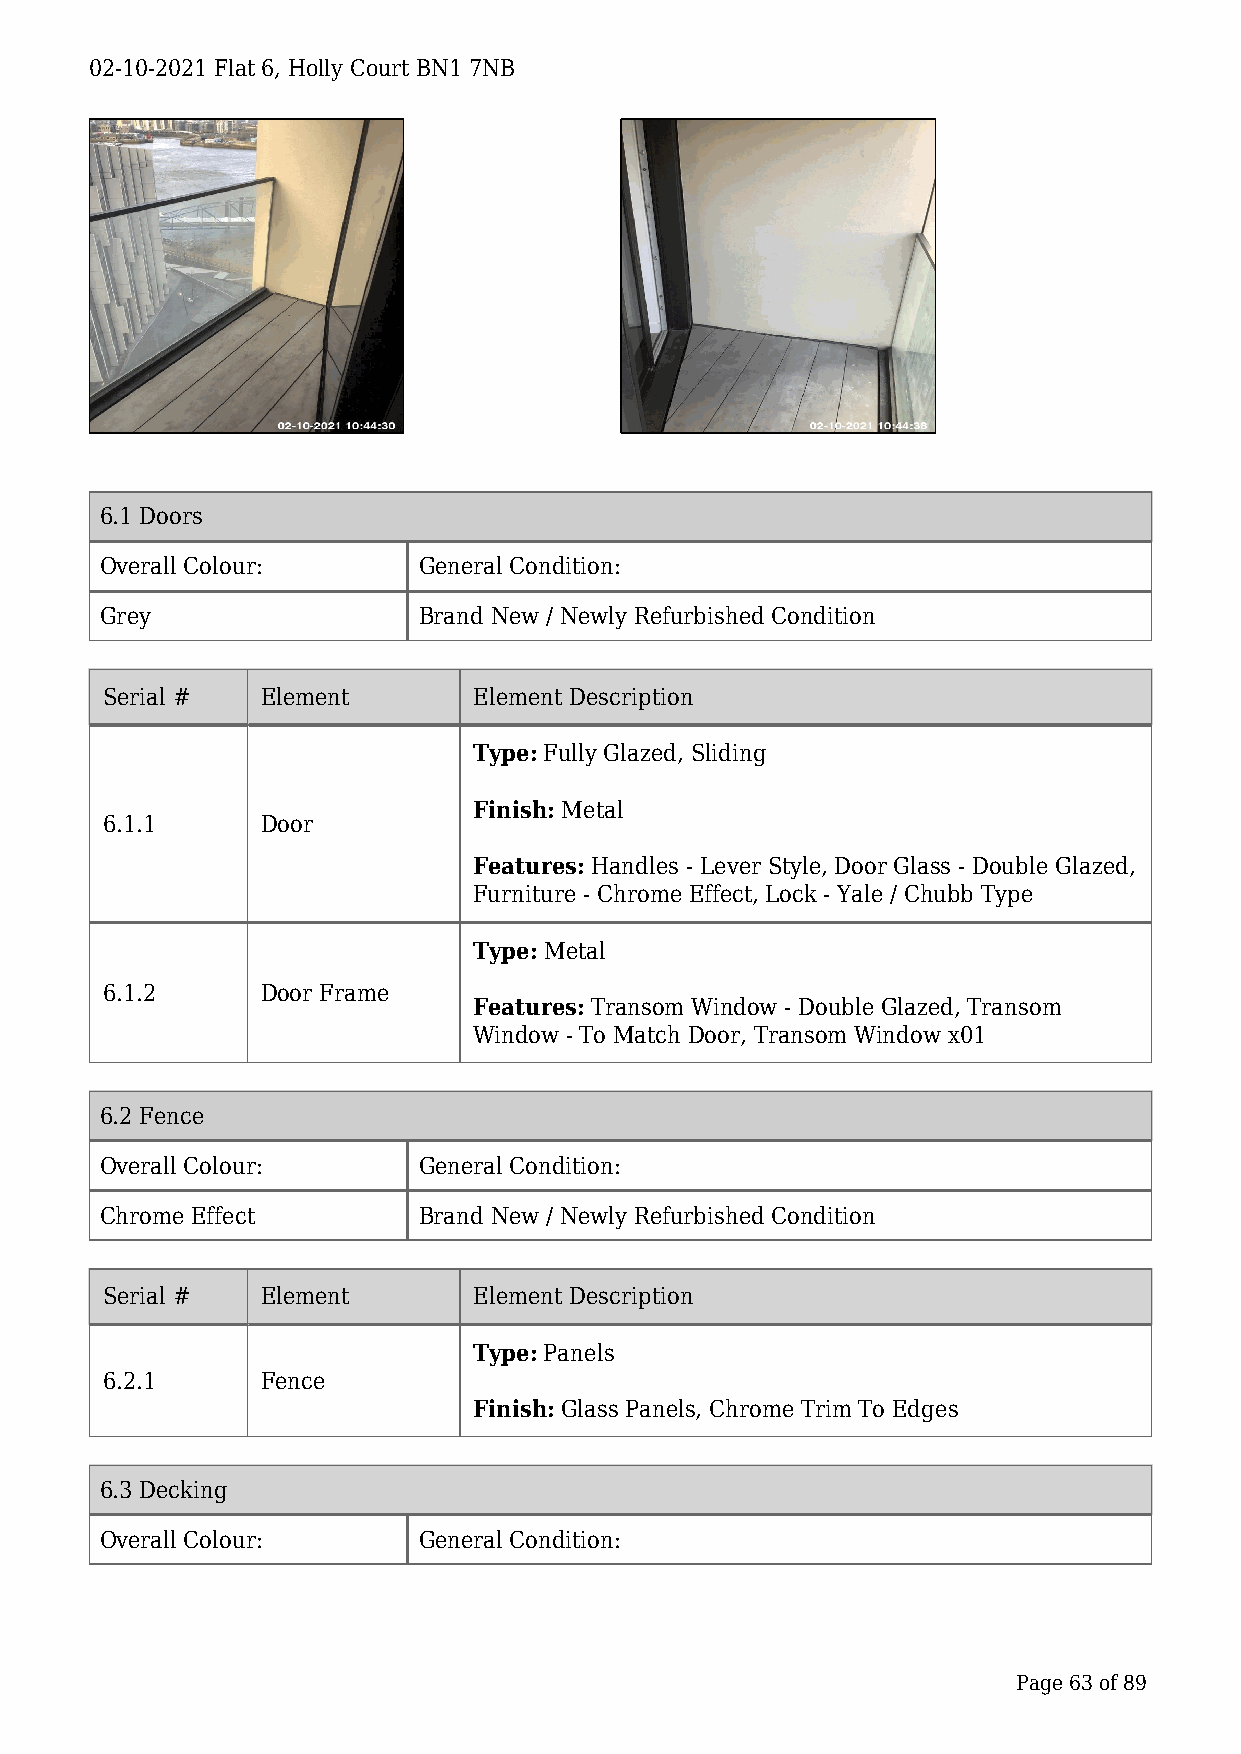
02-10-2021 Flat 6, Holly Court BN1 7NB
 6.1 Doors
 Overall Colour:      General Condition:
 Grey                 Brand New / Newly Refurbished Condition
 Serial #  Element       Element Description
 Type: Fully Glazed, Sliding
 Finish: Metal
 6.1.1     Door
 Features: Handles - Lever Style, Door Glass - Double Glazed,
 Furniture - Chrome Effect, Lock - Yale / Chubb Type
 Type: Metal
 6.1.2     Door Frame
 Features: Transom Window - Double Glazed, Transom
 Window - To Match Door, Transom Window x01
 6.2 Fence
 Overall Colour:      General Condition:
 Chrome Effect        Brand New / Newly Refurbished Condition
 Serial #  Element       Element Description
 Type: Panels
 6.2.1     Fence
 Finish: Glass Panels, Chrome Trim To Edges
 6.3 Decking
 Overall Colour:      General Condition:
 Page 63 of 89